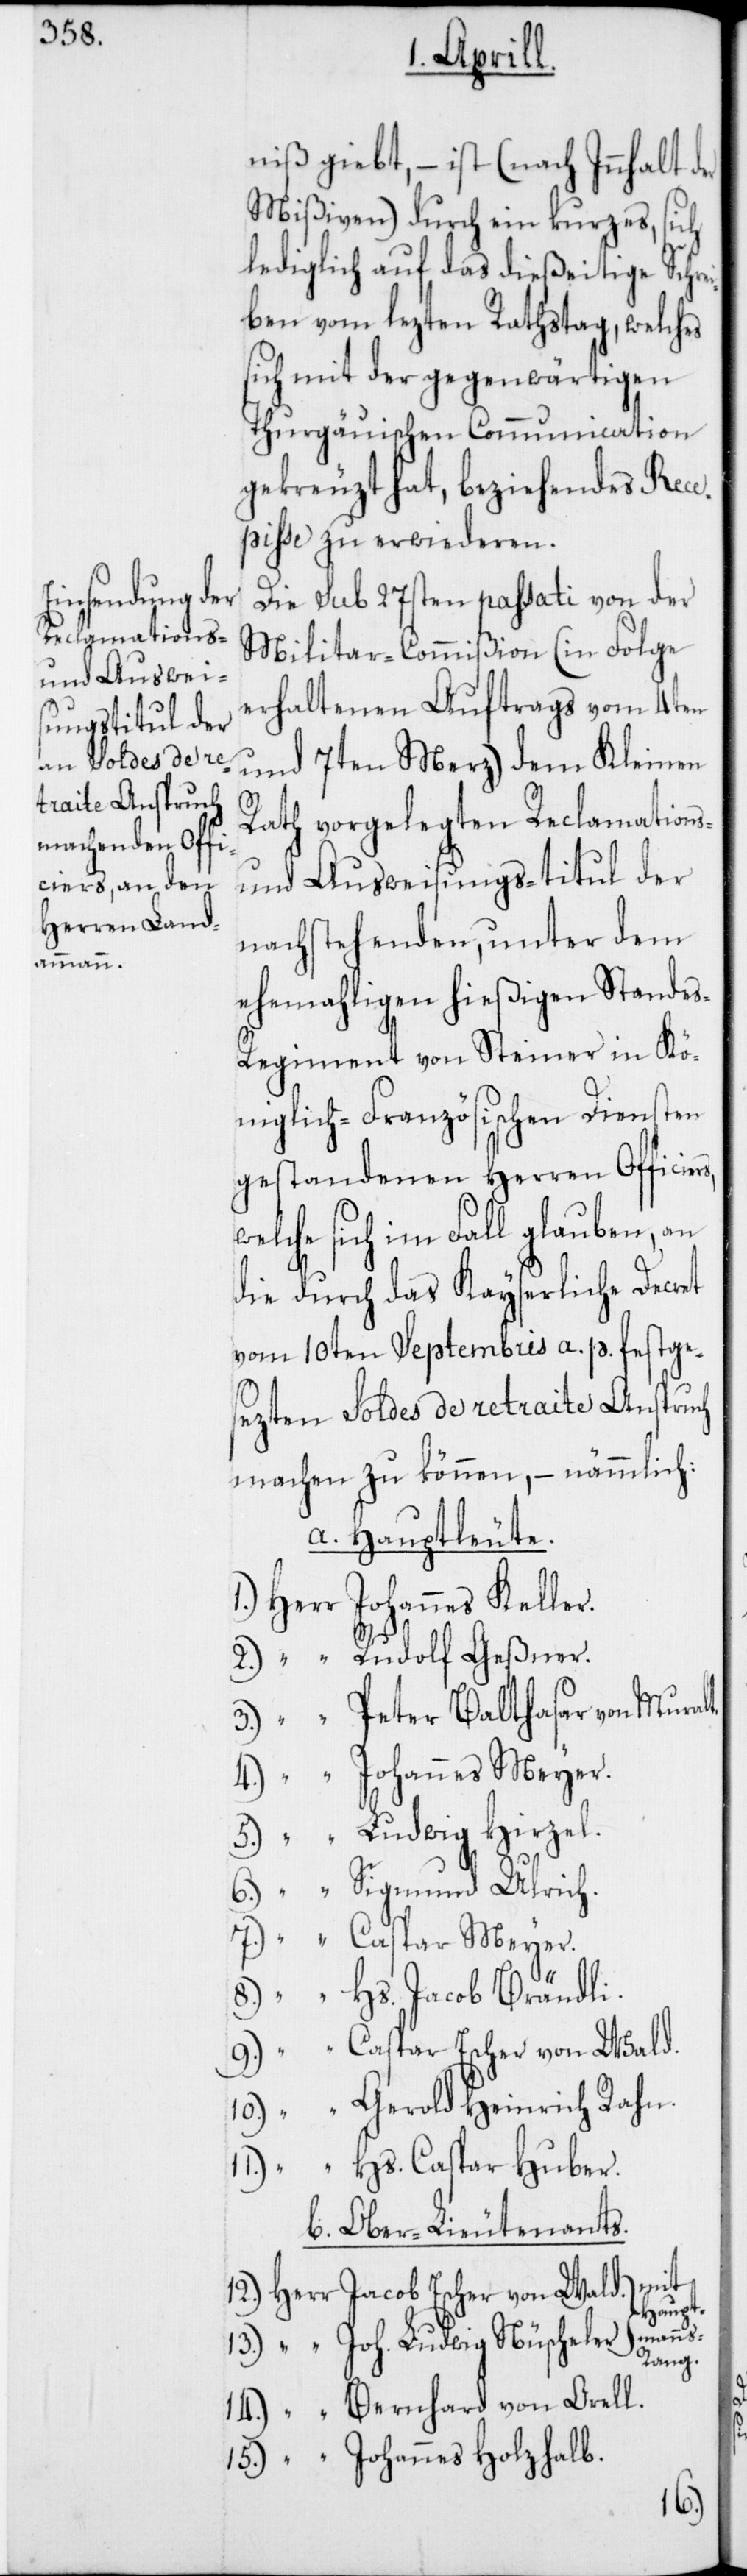
niß giebt, – ist (nach Innhalt der
Mißiven) durch ein kurzes, sich
lediglich auf das dießeitige Schr¬
ben vom lezten Rathstag, welches
sich mit der gegenwärtigen
Thurgauischen Communication
gekreuzt hat, beziehendes Rece¬
piße zu erwiederen.
Die sub 27sten passati von der
Militar-Commißion (in Folge
erhaltenen Auftrags vom 4ten
und 7ten Merz) dem Kleinen
Rath vorgelegten Reclamations-
und Ausweisungs-titul der
nachstehenden, unter dem
ehemahligen hießigen Stande¬
s-Regiment von Steiner in Kö¬
niglich-Französischen Diensten
gestandenen Herren Officie¬
welche sich im Fall glauben, an
die durch das kayserliche Decret
vom 10ten Septembris a. p. festge¬
sezten Soldes de retraite Anspruch
machen zu können, – nämmlich:
a. Hauptleute.
1.) Herr Johannes Keller.
2.) “ Rudolf Geßner.
3.) “ Peter Balthasar von Muralt.
4.) “ Johannes Meyer.
5.) “ Ludwig Hirzel.
6.) “ Sigmund Ulrich.
7.) “ Caspar Meyer.
8.) “ Hs. Jacob Brändli.
9.) “ Caspar Escher von Wald.
10.) “ Gerold Heinrich Rahn.
11.) “ Hs. Caspar Huber.
b. Ober-Lieutenants.
[mit
12.) Herr Jacob Escher von Wald.
Haupt¬
manns¬
13.) “ Joh. Ludwig Nüscheler
rang.]
14.) “ Bernhard von Orell.
15.) “ Johannes Holzhalb.
rs,